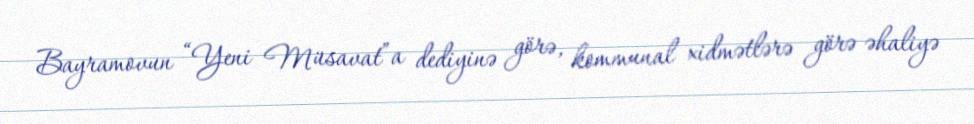
Bayramovun “Yeni Müsavat”a dediyinə görə, kommunal xidmətlərə görə əhaliyə